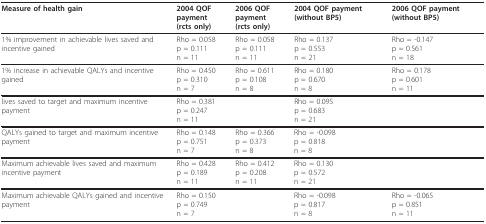
<table><thead><tr><td><b>Measure of health gain</b></td><td><b>2004 QOF payment(rcts only)</b></td><td><b>2006 QOF payment(rcts only)</b></td><td><b>2004 QOF payment (without BP5)</b></td><td><b>2006 QOF payment (without BP5)</b></td></tr></thead><tbody><tr><td>1% improvement in achievable lives saved and incentive gained</td><td>Rho = 0.058p = 0.111n = 11</td><td>Rho = 0.058p = 0.111n = 11</td><td>Rho = 0.137p = 0.553n = 21</td><td>Rho = -0.147p = 0.561n = 18</td></tr><tr><td>1% increase in achievable QALYs and incentive gained</td><td>Rho = 0.450p = 0.310n = 7</td><td>Rho = 0.611p = 0.108n = 8</td><td>Rho = 0.180p = 0.670n = 8</td><td>Rho = 0.178p = 0.601n = 11</td></tr><tr><td>lives saved to target and maximum incentive payment</td><td>Rho = 0.381p = 0.247n = 11</td><td>[EMPTY_CELL]</td><td>Rho = 0.095p = 0.683n = 21</td><td>[EMPTY_CELL]</td></tr><tr><td>QALYs gained to target and maximum incentive payment</td><td>Rho = 0.148p = 0.751n = 7</td><td>Rho = 0.366p = 0.373n = 8</td><td>Rho = -0.098p = 0.818n = 8</td><td>[EMPTY_CELL]</td></tr><tr><td>Maximum achievable lives saved and maximum incentive payment</td><td>Rho = 0.428p = 0.189n = 11</td><td>Rho = 0.412p = 0.208n = 11</td><td>Rho = 0.130p = 0.572n = 21</td><td>[EMPTY_CELL]</td></tr><tr><td>Maximum achievable QALYs gained and incentive payment</td><td>Rho = 0.150p = 0.749n = 7</td><td>[EMPTY_CELL]</td><td>Rho = -0.098p = 0.817n = 8</td><td>Rho = -0.065p = 0.851n = 11</td></tr></tbody></table>